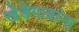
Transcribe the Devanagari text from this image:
खेडेगावांना